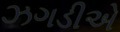
ઝગડીએ